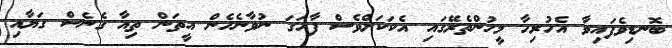
ބޮނޑިވެފައިވާ އެހުރިހާ މީހުންތެރޭގައި އެކަކަށްވެސް ފާހަގަ ނުވާނެހެން އީތަން ތިއާ ގެނެސް ގަޔާއި